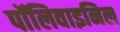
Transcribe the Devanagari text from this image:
पॉलिवाइनिल